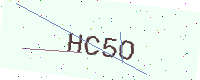
Text: HC5O